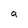
Character: a